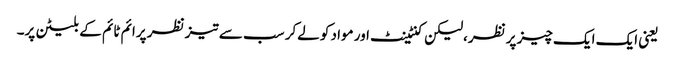
یعنی ایک ایک چیز پر نظر،لیکن کنٹینٹ اور مواد کو لےکر سب سے تیز نظر پرائم ٹائم کے بلیٹن پر۔